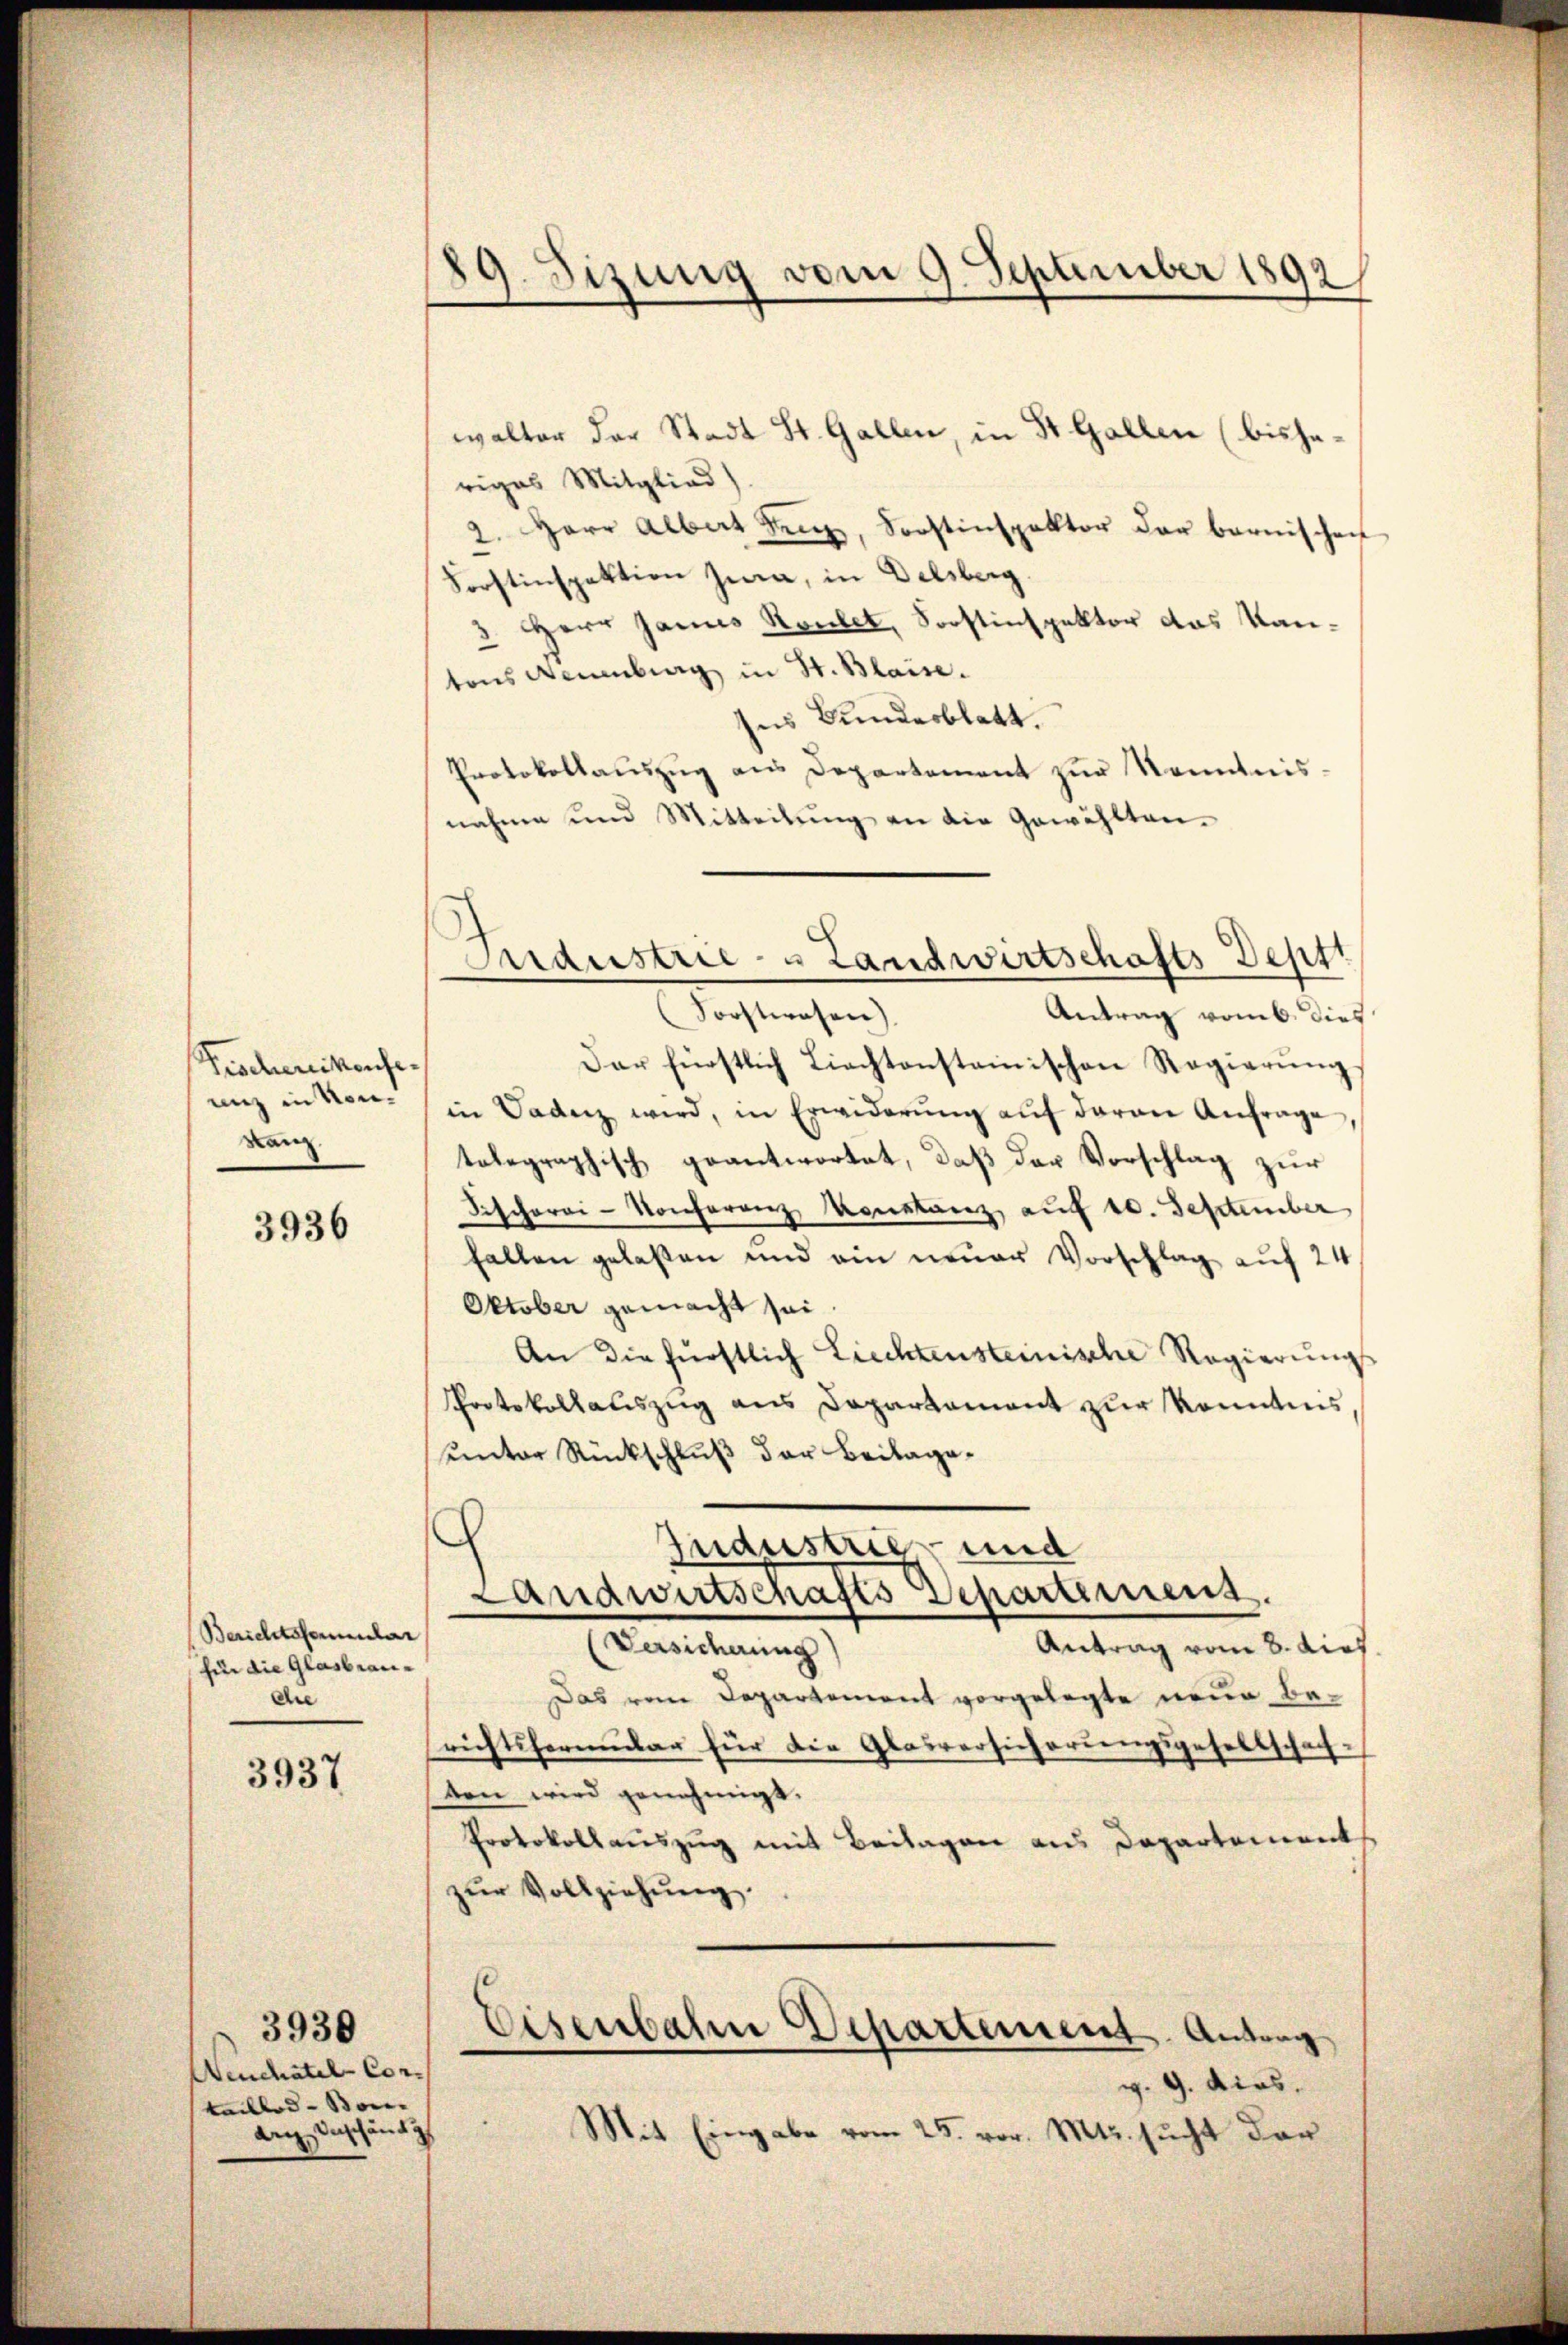
Fischereitenfe
unz in Kon¬
Kanz

3936

Berichtsformular
für die Glasbraudie

3937

Neuchatel Con-
taillos - Bei
anginschändig

3930

89. Sizung vom 9. September 1892

walter der Stadt St. Gallen, in St. Gallen (bisheriges Mitglied)
2. Herr Albat Benz, Sonstinspektor der bernischen
Forstinspektion Jena, in Delsberg
3. Herr Janus Roulet, Sorstinspektor das Kantons Neuenburg in St. Blaise.
ses Bundesblatt.
Protokollauszug aus Departement zur Kenntnis.
nahme und Mitteilŭng an die Gewählten-

Forstwesen).
Antrag vom 6. dies
Dar fürstlich Liechtenstainischen Regierŭng.
in Badenz wird, in Erwiderŭng aŭf daran Anfrage,
telegraphisch geantwortet, daß der Vorschlag zur
Fischerei-Konferenz Konstanz auf 10. September
fallen gelaßen und ein neuer Vorschlag auf 24
Oktober gemacht sei
An die fürstlich Liechtensteinische Regierung
Protokollauszug aus Dapartament zur konntnis,
unter Rückschluß der Beilage¬
Industrie und
Landwirtschafts Separtemens.
(Versicherung
Antrag vom 8. dies
Das vom Departement vorgelegte neue Berichtsformular für die Glasversicherungsgesellschaff-
ten wird genehmigt.
Protokollauszug mit Beilagen aus Departement
zŭr Vollziehŭng.
Eisenbahn Departement. Antrag
v. 9. dies
Mit Eingabe vom 25. vor. Mts. sucht dar

Andustrie- u Landwirtschafts-Dept